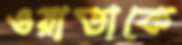
ওয়াডাকে